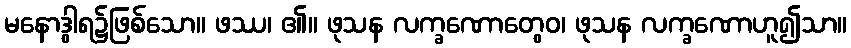
မနောဒွါရ၌ဖြစ်သော။ ဖဿ၊ ၏။ ဖုသန လက္ခဏောတွေဝ၊ ဖုသန လက္ခဏောဟူ၍သာ။